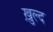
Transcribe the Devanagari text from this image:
ख़ुल्द